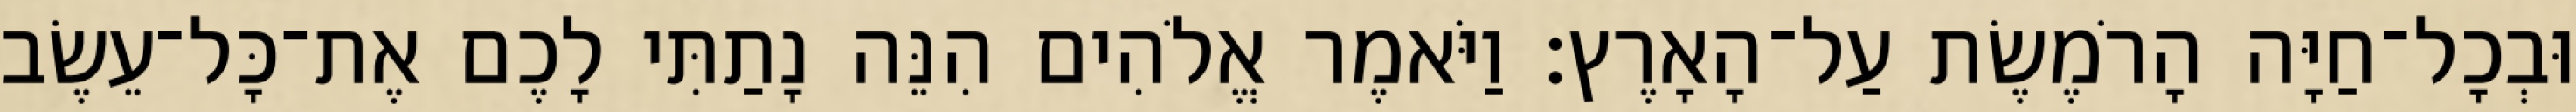
וּבְכָל־חַיָּה הָרֹמֶשֶׂת עַל־הָאָרֶץ׃ וַיֹּאמֶר אֱלֹהִים הִנֵּה נָתַתִּי לָכֶם אֶת־כָּל־עֵשֶׂב